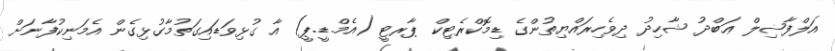
އަލްފާޟިލް ޢަބްދު ޝާހިދު ދިވެހިރައްޔިތުންގެ ޑިމޮކްރެޓިކް ޕާރޓީ (އެމް.ޑީ.ޕީ) އާ ގުޅިވަޑައިގަތުމާގުޅިގެން އެމަނިކުފާނަށް